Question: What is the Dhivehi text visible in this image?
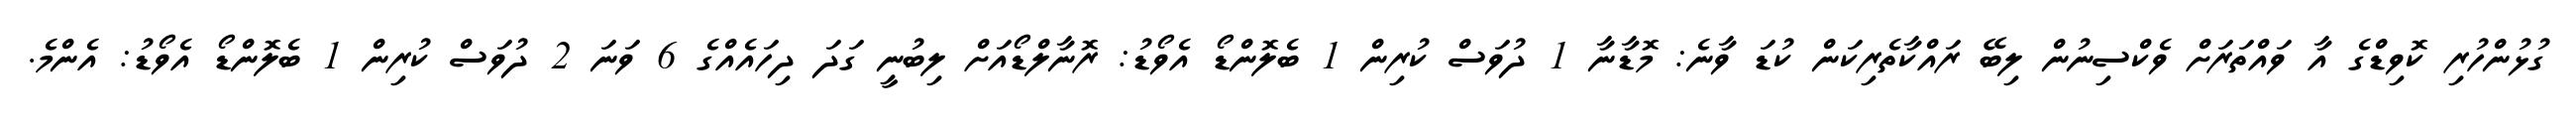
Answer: ގުޅުންހުރި ކޮވިޑްގެ އާ ވައްތަރަށް ވެކްސިނުން ލިބޭ ރައްކާތެރިކަން ކުޑަ ވާނެ: މޮޑާނާ 1 ދުވަސް ކުރިން 1 ބެލޮންޑޯ އެވޯޑު: ރޮނާލްޑޯއަށް ލިބުނީ ގަދަ ދިހައެއްގެ 6 ވަނަ 2 ދުވަސް ކުރިން 1 ބެލޮންޑޯ އެވޯޑު: އެންމެ.